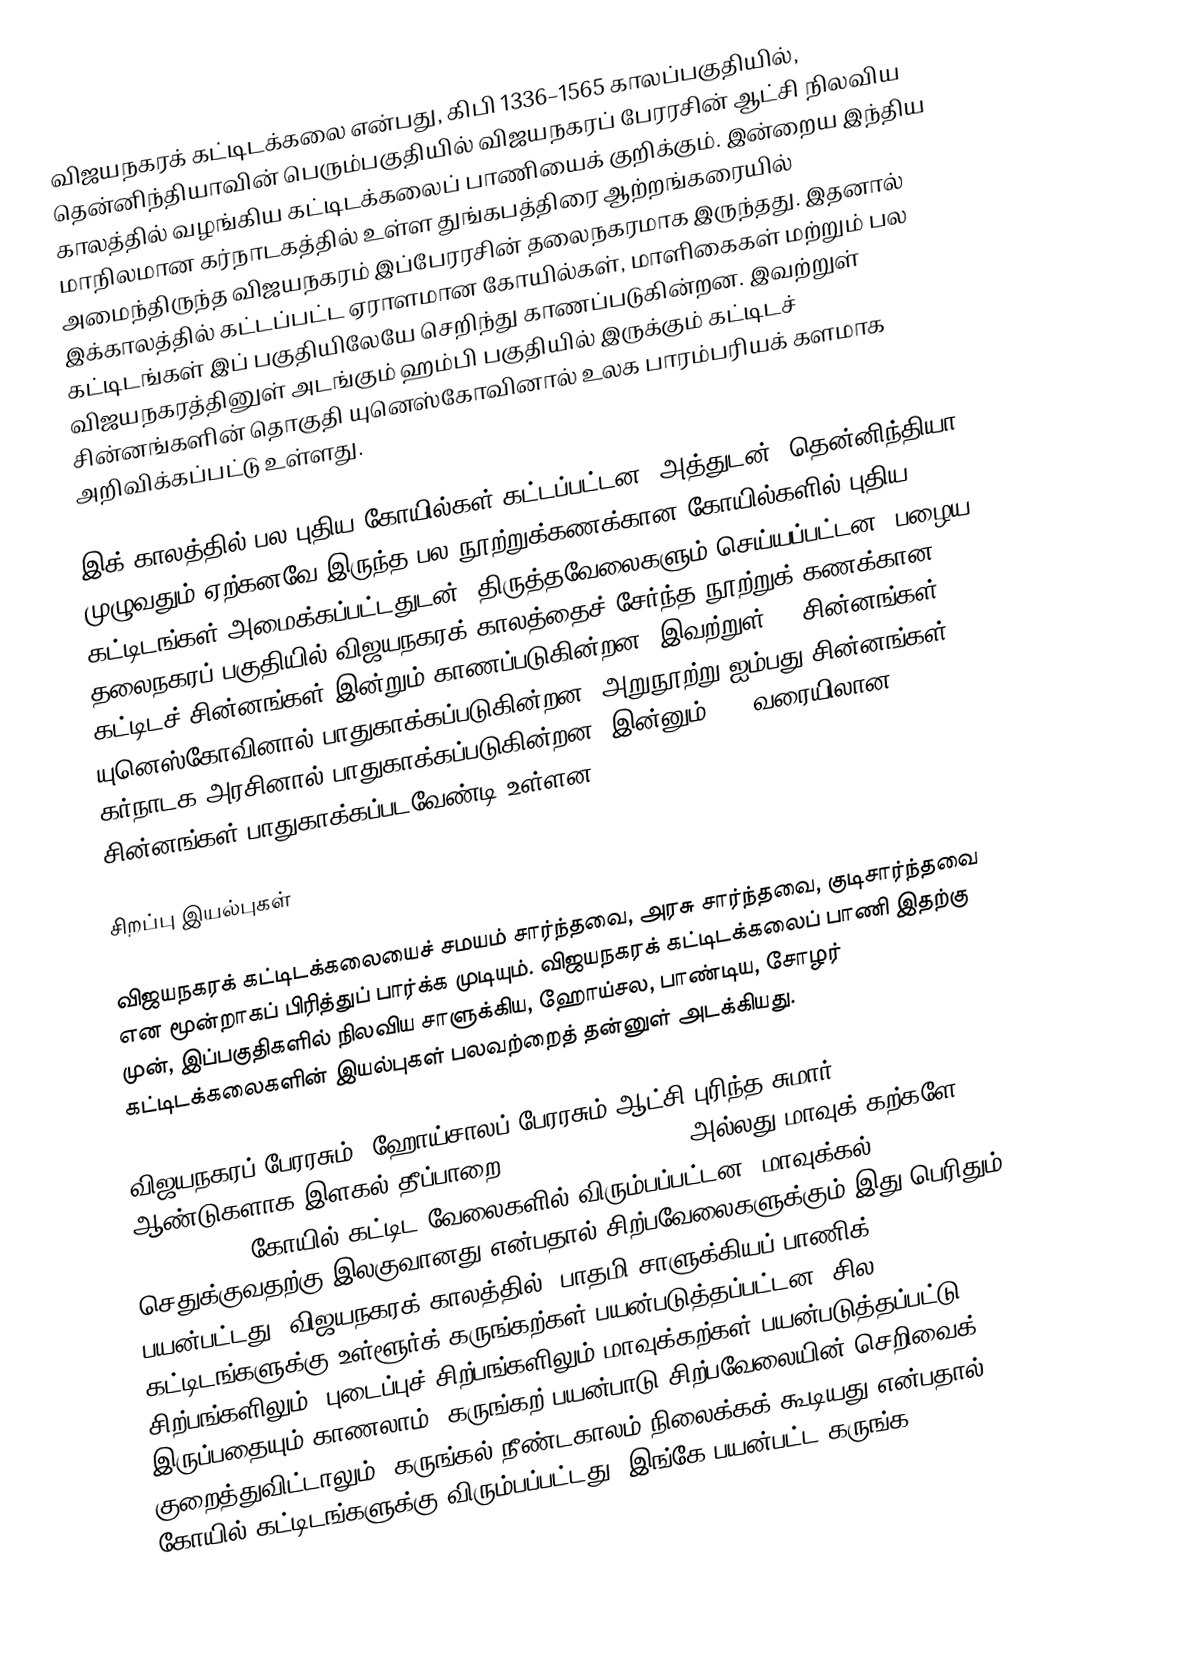
விஜயநகரக் கட்டிடக்கலை என்பது, கிபி 1336–1565 காலப்பகுதியில், தென்னிந்தியாவின் பெரும்பகுதியில் விஜயநகரப் பேரரசின் ஆட்சி நிலவிய காலத்தில் வழங்கிய கட்டிடக்கலைப் பாணியைக் குறிக்கும். இன்றைய இந்திய மாநிலமான கர்நாடகத்தில் உள்ள துங்கபத்திரை ஆற்றங்கரையில் அமைந்திருந்த விஜயநகரம் இப்பேரரசின் தலைநகரமாக இருந்தது. இதனால் இக்காலத்தில் கட்டப்பட்ட ஏராளமான கோயில்கள், மாளிகைகள் மற்றும் பல கட்டிடங்கள் இப் பகுதியிலேயே செறிந்து காணப்படுகின்றன. இவற்றுள் விஜயநகரத்தினுள் அடங்கும் ஹம்பி பகுதியில் இருக்கும் கட்டிடச் சின்னங்களின் தொகுதி யுனெஸ்கோவினால் உலக பாரம்பரியக் களமாக அறிவிக்கப்பட்டு உள்ளது.

இக் காலத்தில் பல புதிய கோயில்கள் கட்டப்பட்டன, அத்துடன், தென்னிந்தியா முழுவதும் ஏற்கனவே இருந்த பல நூற்றுக்கணக்கான கோயில்களில் புதிய கட்டிடங்கள் அமைக்கப்பட்டதுடன், திருத்தவேலைகளும் செய்யப்பட்டன. பழைய தலைநகரப் பகுதியில் விஜயநகரக் காலத்தைச் சேர்ந்த நூற்றுக் கணக்கான கட்டிடச் சின்னங்கள் இன்றும் காணப்படுகின்றன. இவற்றுள் 56 சின்னங்கள் யுனெஸ்கோவினால் பாதுகாக்கப்படுகின்றன. அறுநூற்று ஐம்பது சின்னங்கள் கர்நாடக அரசினால் பாதுகாக்கப்படுகின்றன. இன்னும் 350 வரையிலான சின்னங்கள் பாதுகாக்கப்படவேண்டி உள்ளன.

சிறப்பு இயல்புகள்

விஜயநகரக் கட்டிடக்கலையைச் சமயம் சார்ந்தவை, அரசு சார்ந்தவை, குடிசார்ந்தவை என மூன்றாகப் பிரித்துப் பார்க்க முடியும். விஜயநகரக் கட்டிடக்கலைப் பாணி இதற்கு முன், இப்பகுதிகளில் நிலவிய சாளுக்கிய, ஹோய்சல, பாண்டிய, சோழர் கட்டிடக்கலைகளின் இயல்புகள் பலவற்றைத் தன்னுள் அடக்கியது.

விஜயநகரப் பேரரசும், ஹோய்சாலப் பேரரசும் ஆட்சி புரிந்த சுமார் 400 ஆண்டுகளாக இளகல் தீப்பாறை (chloritic schist) அல்லது மாவுக் கற்களே (soapstone) கோயில் கட்டிட வேலைகளில் விரும்பப்பட்டன. மாவுக்கல் செதுக்குவதற்கு இலகுவானது என்பதால் சிற்பவேலைகளுக்கும் இது பெரிதும் பயன்பட்டது. விஜயநகரக் காலத்தில், பாதமி சாளுக்கியப் பாணிக் கட்டிடங்களுக்கு உள்ளூர்க் கருங்கற்கள் பயன்படுத்தப்பட்டன. சில சிற்பங்களிலும், புடைப்புச் சிற்பங்களிலும் மாவுக்கற்கள் பயன்படுத்தப்பட்டு இருப்பதையும் காணலாம். கருங்கற் பயன்பாடு சிற்பவேலையின் செறிவைக் குறைத்துவிட்டாலும், கருங்கல் நீண்டகாலம் நிலைக்கக் கூடியது என்பதால் கோயில் கட்டிடங்களுக்கு விரும்பப்பட்டது. இங்கே பயன்பட்ட கருங்க